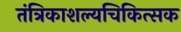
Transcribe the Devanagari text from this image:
तंत्रिकाशल्यचिकित्सक